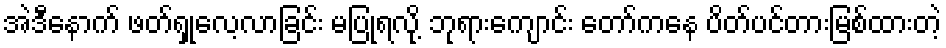
အဲဒီနောက် ဖတ်ရှုလေ့လာခြင်း မပြုရလို့ ဘုရားကျောင်း တော်ကနေ ပိတ်ပင်တားမြစ်ထားတဲ့